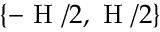
\{ - \textup { H } / 2 , \textup { H } / 2 \}